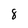
Character: 8